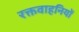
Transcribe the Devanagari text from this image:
रक्तवाहनियों